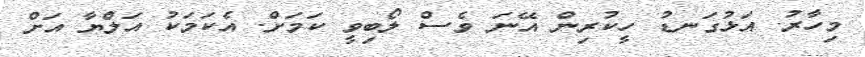
މިހާރު. އަޅުގަނޑު ހީކުރިން އޭނަ ވެސް ލޯބިވީ ކަމަށް. އެކަމަކު އަލްޔާ އަށް